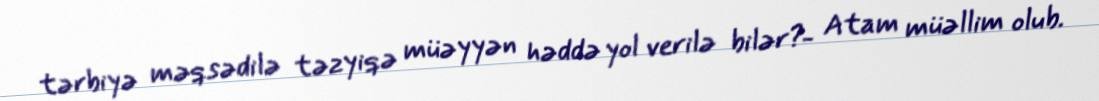
tərbiyə məqsədilə təzyiqə müəyyən həddə yol verilə bilər?- Atam müəllim olub.